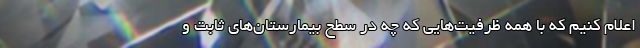
اعلام کنیم که با همه ظرفیت‌هایی که چه در سطح بیمارستان‌های ثابت و